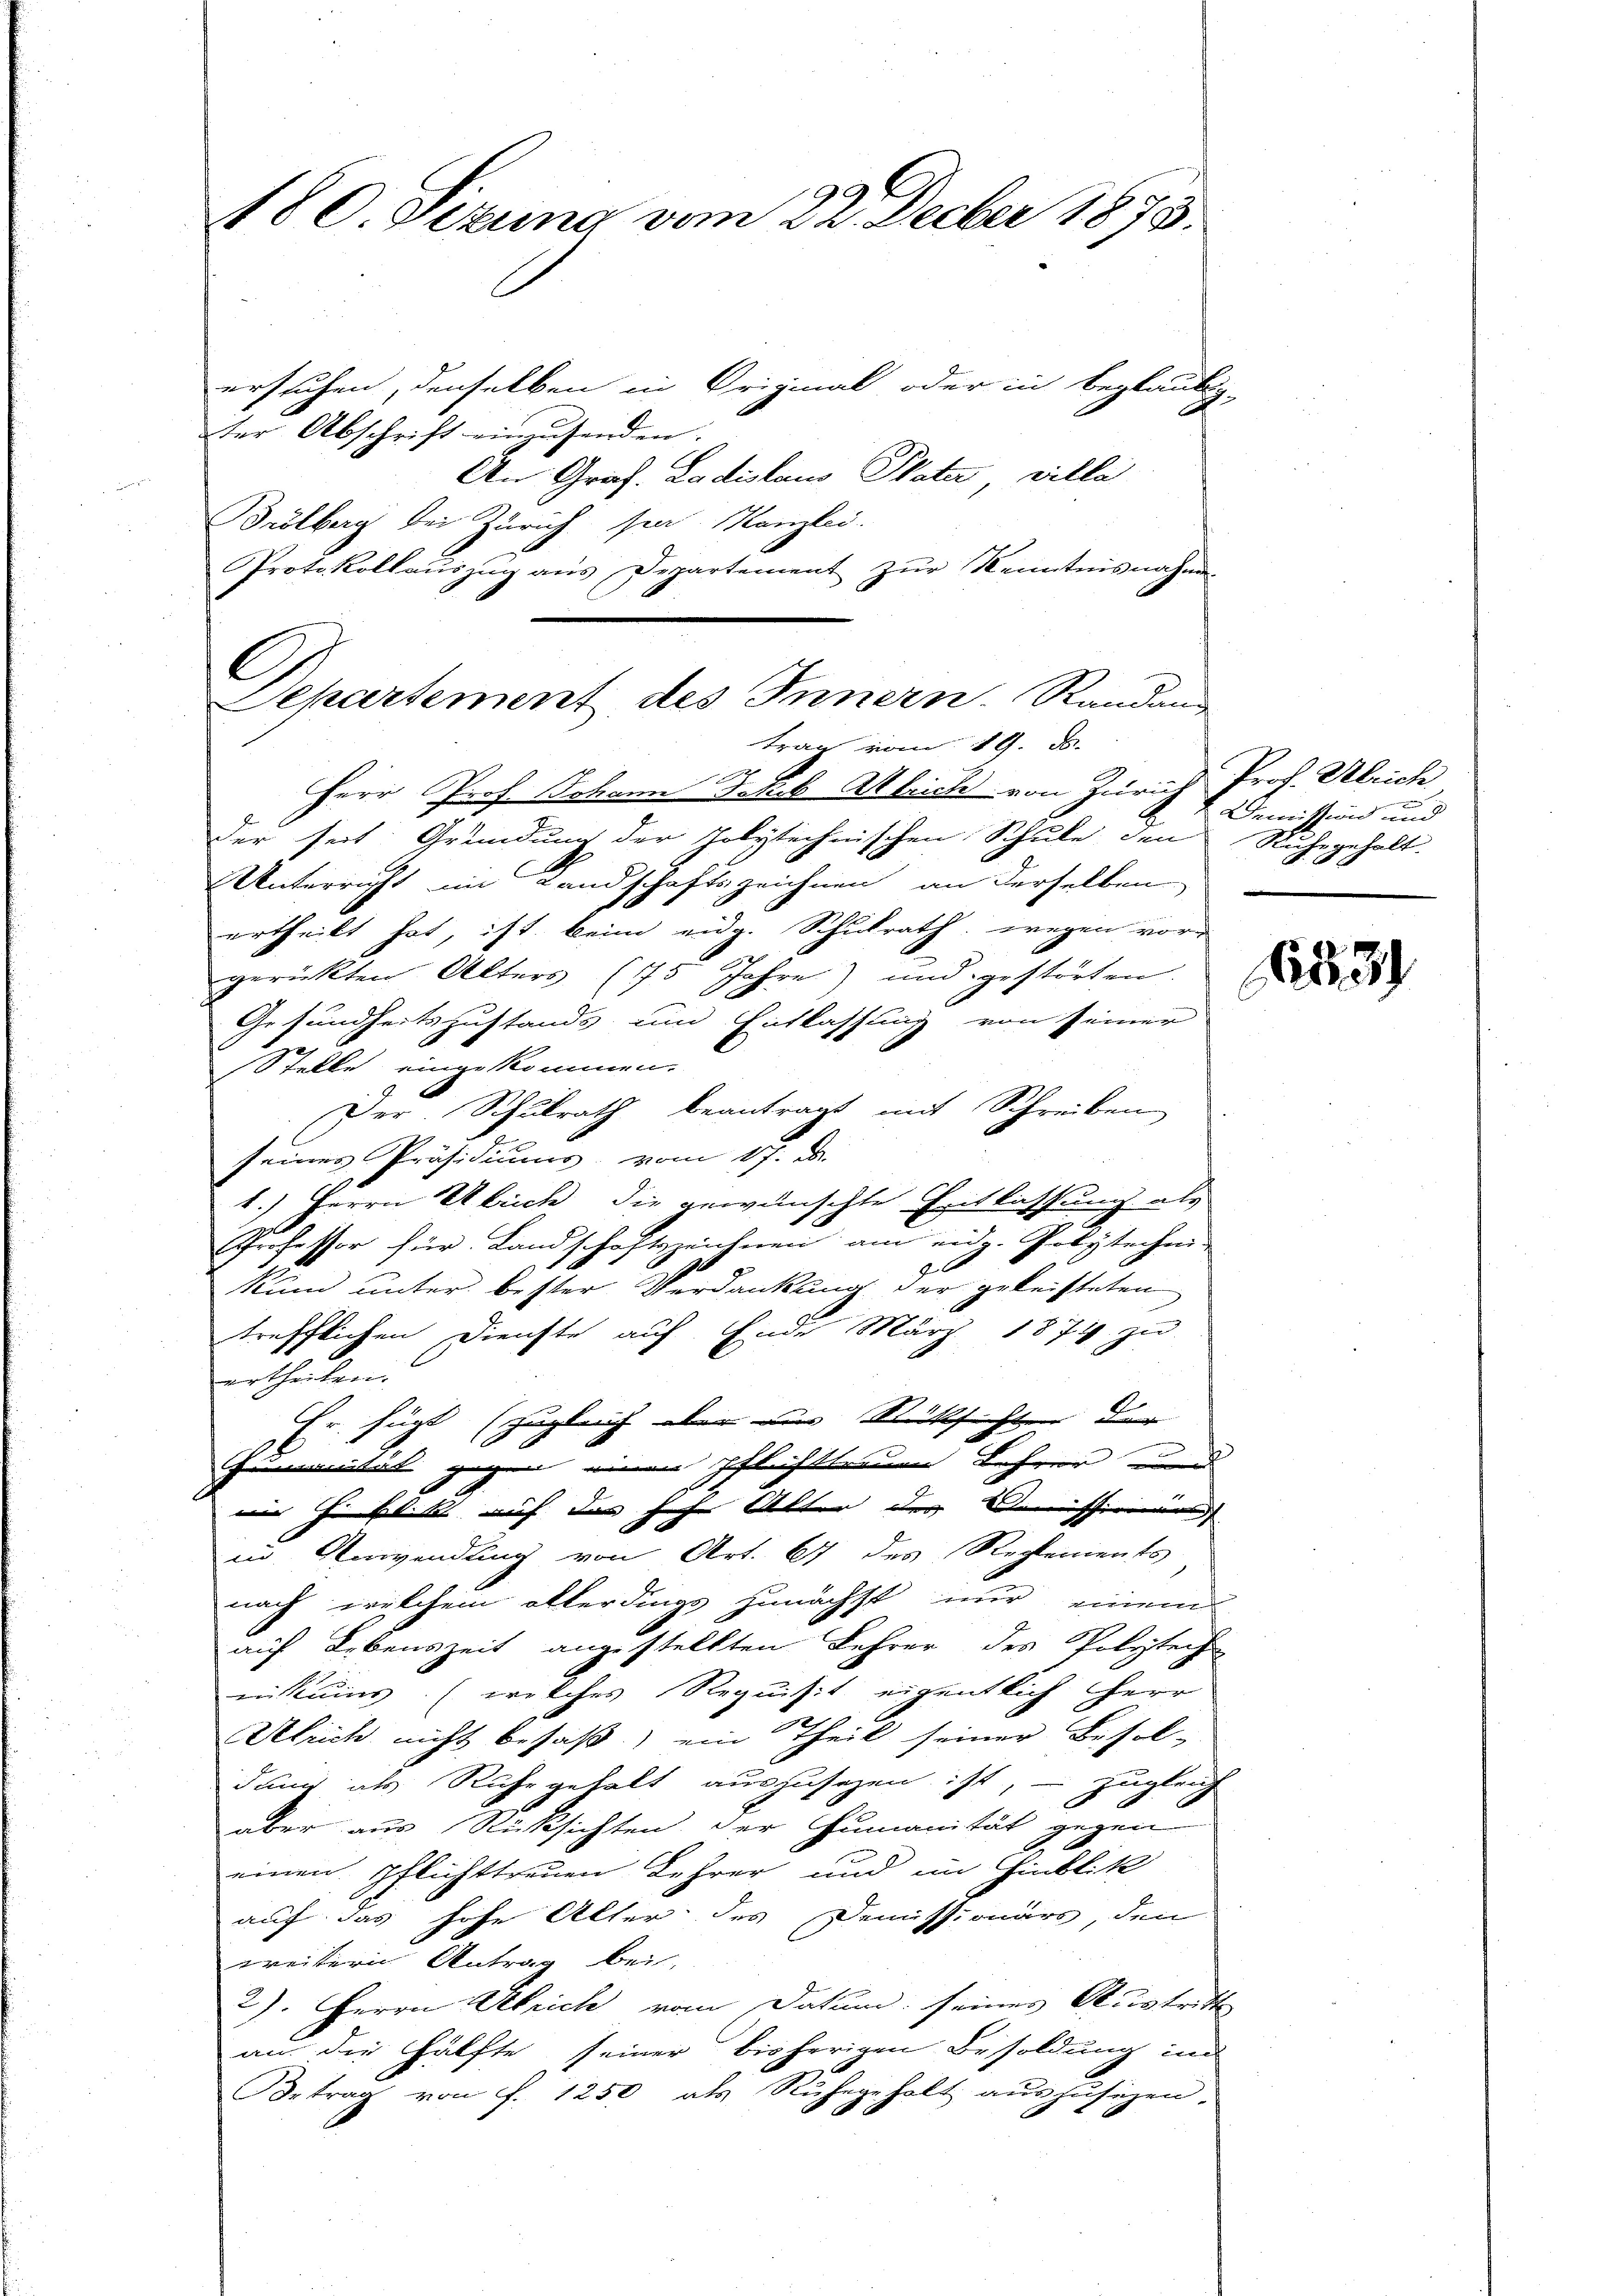
ersuchen, denselben in Criginal oder in beglaubig-
Der Abschrift einzusenden.
An Graf. Ladislaus Plater ville
Brölberg bei Zürich sie Kanzlei.
Protokollaŭszŭg aŭs Departement zŭr Kenntnisnahme
Herr Prof. Johann Jakob Alrich von Zürich Prof. Ulrich
der seit Gründung der Polytechnischen Schule den Ruhegehalt,
Unterricht im Landschaftszeichnen an derselben
ertheilt hat, ist beim eidg. Schulrath, wegen vorgerückten Alters (75 Jahre) und gestörten
Gesundheitszustands und Entlassung von seiner
Stelle eingekommen.
Der. Schulrath beantragt mit Schreiben
seines Präsidiums vom 17. d.
1.) Herrn Ulrich die gewünschte Entlassung als
Professor für Landschaftszeichnen am eidg. Polytechen
Rum unter bester Verdankung der geleisteten
trefflichen Dienste auf Ende März 1874 zu
ertheilen.
Er fügt (zugleich aber zur Rücksichten der
nität gegen einen pflichttreue Lehrer und
in Hinblick auf das hohe Alter der Demissionnes
in Anwendung von Art. 647 des Reglements
nach welchem allerdings zunächst nur einem
auf Lebenszeit angestellten Lehrer des Polytech
ikums (welches Requisit eigentlich Herr
Ulrich nicht besaß) ein Theil seiner Besol-
dum als Ruhegehalt auszusehen ist, – zugleich
aber aus Rücksichten der Humanität gegen
einen pflichttreuen Lehrer und im Hinblik
auf das hohe Alter des Demissionärs, den
weitern Antrag bei
2). Herrn Abrich vom Datum seines Austritt
an die Hälfte seiner bisherigen Besoldung in
Betrag von f. 1250 als Ruhegeholt aŭszŭsezen.

C
Departement des Innern. Randans
trag vom 19. d.

180. Sizung vom 22. Decber 1873.

Demission und